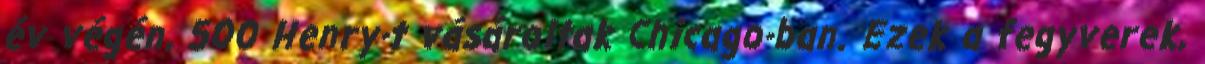
év végén, 500 Henry-t vásároltak Chicago-ban. Ezek a fegyverek,